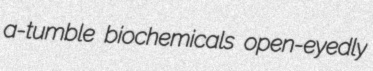
a-tumble biochemicals open-eyedly